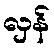
လှန်